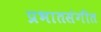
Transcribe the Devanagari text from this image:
प्रभातसंगीत